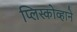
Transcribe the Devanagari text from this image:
प्लिस्कोव्हाने